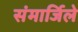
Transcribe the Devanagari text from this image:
संमार्जिले